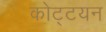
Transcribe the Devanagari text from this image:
कोट्टयन